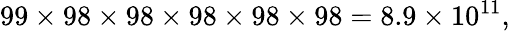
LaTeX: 99\times 98\times 98\times 98\times 98\times 98=8.9\times 10^{11},